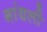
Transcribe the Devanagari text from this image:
गांधली